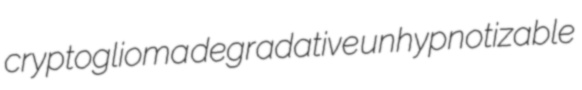
cryptoglioma degradative unhypnotizable